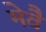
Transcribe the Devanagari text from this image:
मेवै